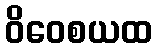
ဝိဝေစယထ